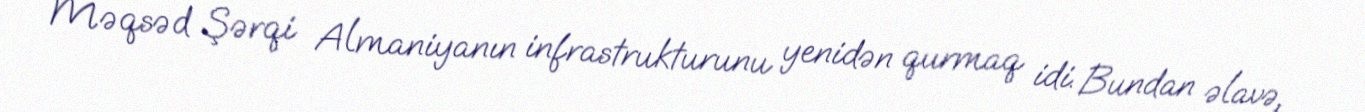
Məqsəd Şərqi Almaniyanın infrastrukturunu yenidən qurmaq idi. Bundan əlavə,